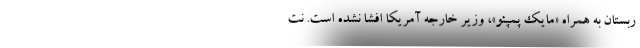
ربستان به همراه «مایک پمپئو»، وزیر خارجه آمریکا افشا نشده است. نت